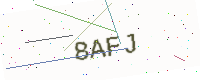
Text: 8AFJ